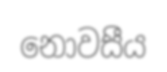
නොවසීය